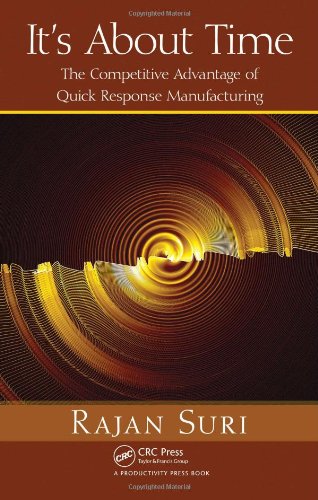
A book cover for It's About Time: The Competitive Advantage of Quick Response Manufacturing; Rajan Suri; Business & Money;